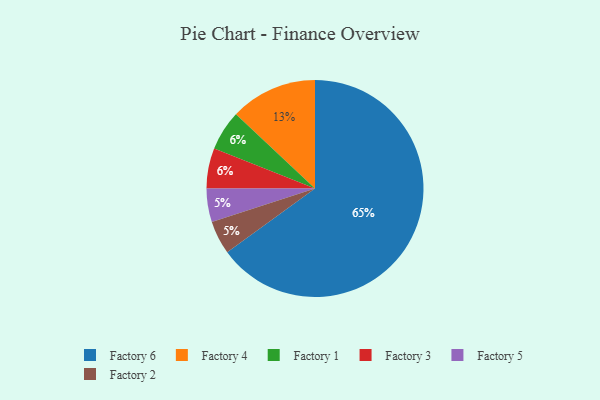
{"axis": {"x": "Category", "y": "Percentage"}, "legend": ["Factory 1", "Factory 2", "Factory 3", "Factory 4", "Factory 5", "Factory 6"], "data": [{"x": "Factory 4", "y": 13, "type": "Factory 4"}, {"x": "Factory 6", "y": 65, "type": "Factory 6"}, {"x": "Factory 1", "y": 6, "type": "Factory 1"}, {"x": "Factory 3", "y": 6, "type": "Factory 3"}, {"x": "Factory 5", "y": 5, "type": "Factory 5"}, {"x": "Factory 2", "y": 5, "type": "Factory 2"}]}